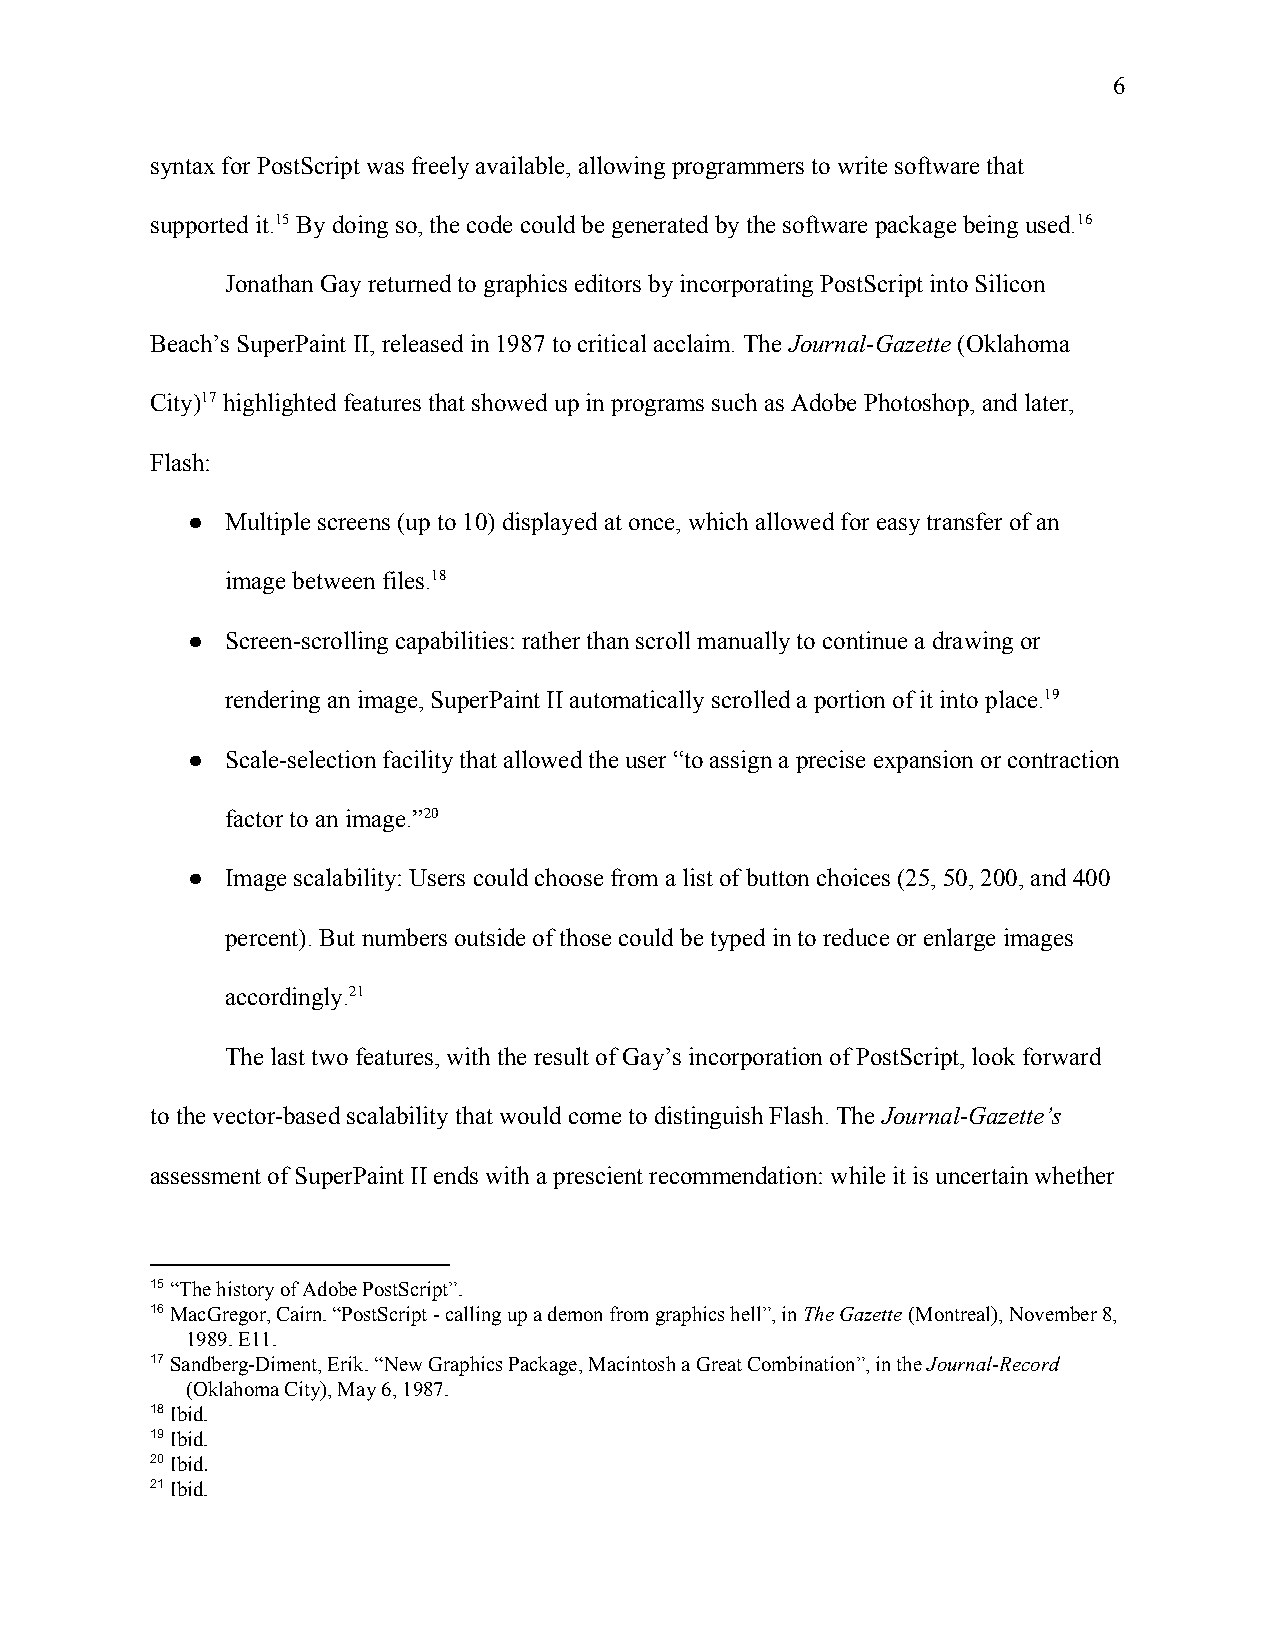
6
 syntax for PostScript was freely available, allowing programmers to write software that
 supported it.15 By doing so, the code could be generated by the software package being used.16
 Jonathan Gay returned to graphics editors by incorporating PostScript into Silicon
 Beach’s SuperPaint II, released in 1987 to critical acclaim. The Journal-Gazette (Oklahoma
 ​          ​
 City)17 highlighted features that showed up in programs such as Adobe Photoshop, and later,
 Flash:
 ●  Multiple screens (up to 10) displayed at once, which allowed for easy transfer of an
 image between files.18
 ●  Screen-scrolling capabilities: rather than scroll manually to continue a drawing or
 rendering an image, SuperPaint II automatically scrolled a portion of it into place.19
 ●  Scale-selection facility that allowed the user “to assign a precise expansion or contraction
 factor to an image.”20
 ●  Image scalability: Users could choose from a list of button choices (25, 50, 200, and 400
 percent). But numbers outside of those could be typed in to reduce or enlarge images
 accordingly.21
 The last two features, with the result of Gay’s incorporation of PostScript, look forward
 to the vector-based scalability that would come to distinguish Flash. The Journal-Gazette’s
 ​
 assessment of SuperPaint II ends with a prescient recommendation: while it is uncertain whether
 15 “The history of Adobe PostScript”.
 ​
 16 MacGregor, Cairn. “PostScript - calling up a demon from graphics hell”, in The Gazette (Montreal), November 8,
 ​                                         ​      ​
 1989. E11.
 17 Sandberg-Diment, Erik. “New Graphics Package, Macintosh a Great Combination”, in the Journal-Record
 ​                                                 ​
 (Oklahoma City), May 6, 1987.
 18 Ibid.
 ​
 19 Ibid.
 ​
 20 Ibid.
 ​ ​
 21 Ibid.
 ​